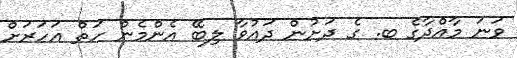
ވަނަ މާއްދާގެ ބ. ގެ ދަށުން ދައުވާ ލިބޭ އެންމެން ހަތް އަހަރަށް